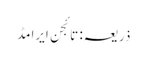
ذریعہ: تائجن ایرامڈ